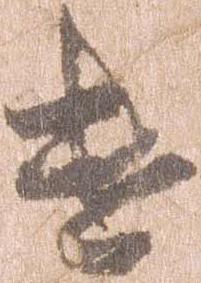
遣